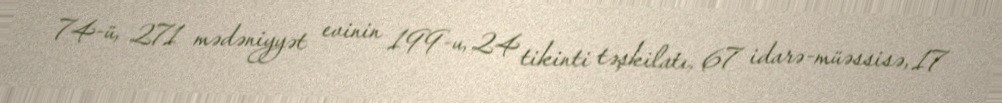
74-ü, 271 mədəniyyət evinin 199-u, 24 tikinti təşkilatı, 67 idarə-müəssisə, 17